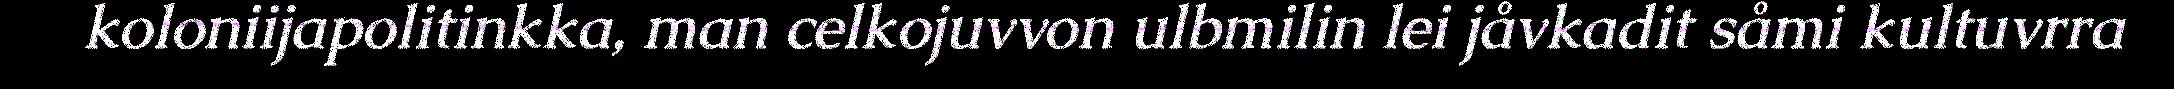
koloniijapolitinkka, man celkojuvvon ulbmilin lei jåvkadit såmi kultuvrra